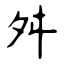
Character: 舛